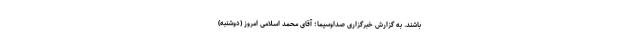
باشند. به گزارش خبرگزاری صداوسیما؛ آقای محمد اسلامی امروز (دوشنبه)